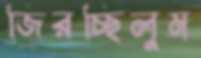
জিরচ্ছিলুম